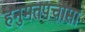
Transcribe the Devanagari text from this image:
हनुमतपचासा